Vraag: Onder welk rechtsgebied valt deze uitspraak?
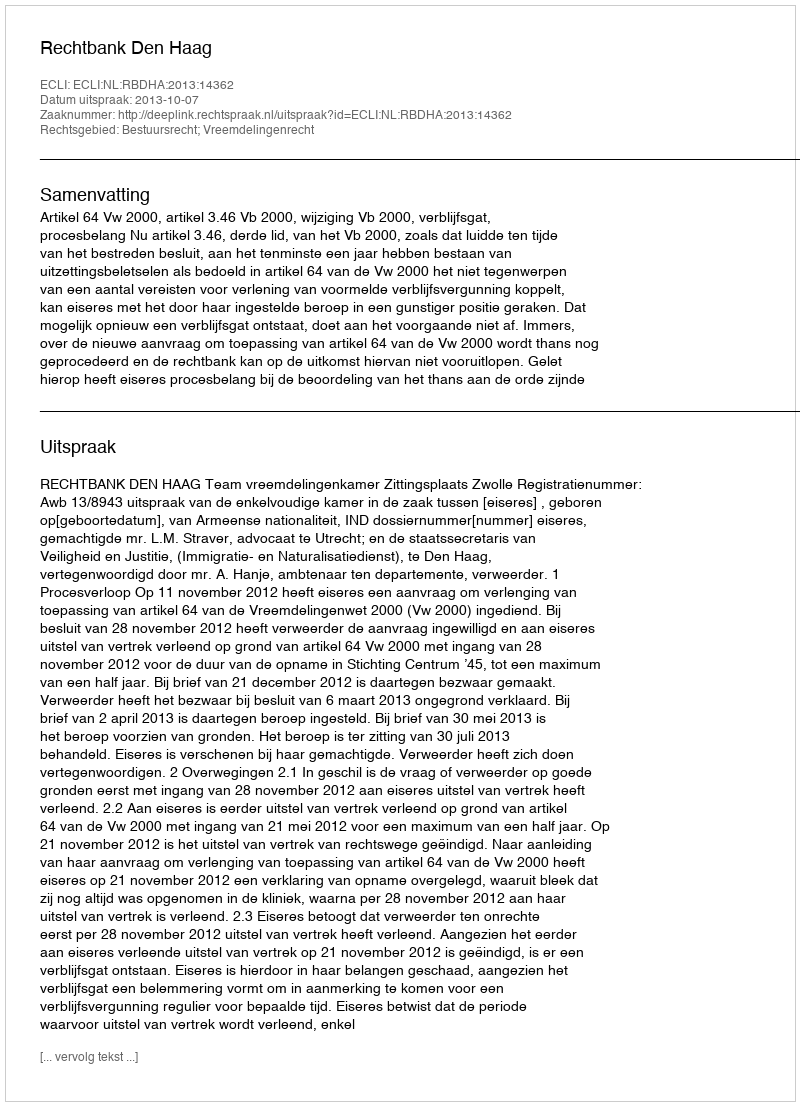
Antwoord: Bestuursrecht; Vreemdelingenrecht